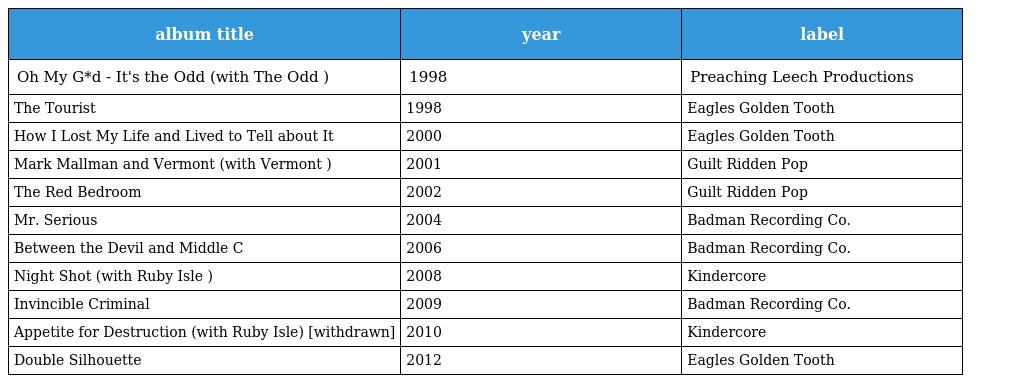
| album title | year | label |
 | --- | --- | --- |
 | Oh My G*d - It's the Odd (with The Odd ) | 1998 | Preaching Leech Productions |
 | The Tourist | 1998 | Eagles Golden Tooth |
 | How I Lost My Life and Lived to Tell about It | 2000 | Eagles Golden Tooth |
 | Mark Mallman and Vermont (with Vermont ) | 2001 | Guilt Ridden Pop |
 | The Red Bedroom | 2002 | Guilt Ridden Pop |
 | Mr. Serious | 2004 | Badman Recording Co. |
 | Between the Devil and Middle C | 2006 | Badman Recording Co. |
 | Night Shot (with Ruby Isle ) | 2008 | Kindercore |
 | Invincible Criminal | 2009 | Badman Recording Co. |
 | Appetite for Destruction (with Ruby Isle) [withdrawn] | 2010 | Kindercore |
 | Double Silhouette | 2012 | Eagles Golden Tooth |